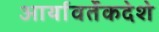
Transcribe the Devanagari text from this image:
आर्यावर्तेकदेशे